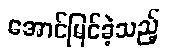
အောင်မြင်ခဲ့သည့်